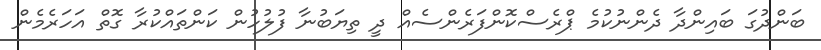
ބަންދުގަ ބައިންދާ ދެންނުކުމެ ޕްރެސްކޮންފަރެންސެއް ދީ ތިޔަބުނާ ފުލުހުން ކަންތައްކުރާ ގޮތް އަހަރެމެން